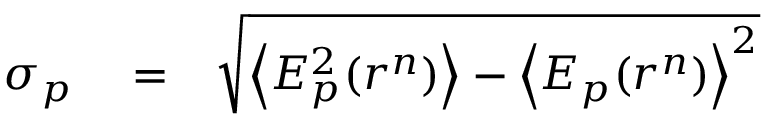
\begin{array} { r l r } { \sigma _ { p } } & { { } = } & { \sqrt { \left\langle E _ { p } ^ { 2 } ( r ^ { n } ) \right\rangle - \left\langle E _ { p } ( r ^ { n } ) \right\rangle ^ { 2 } } } \end{array}